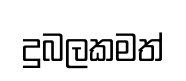
දුබලකමත්